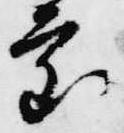
審